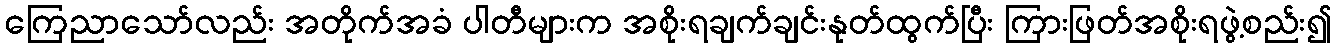
ကြေညာသော်လည်း အတိုက်အခံ ပါတီများက အစိုးရချက်ချင်းနုတ်ထွက်ပြီး ကြားဖြတ်အစိုးရဖွဲ့စည်း၍